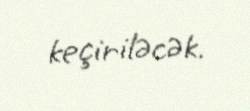
keçiriləcək.